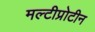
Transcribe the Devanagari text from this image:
मल्टीप्रोटीन